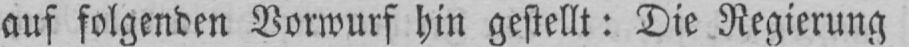
auf folgenden Vorwurf hin gestellt: Die Regierung